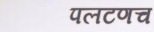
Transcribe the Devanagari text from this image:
पलटणच